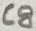
Text: C8